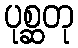
ပုစ္ဆတု